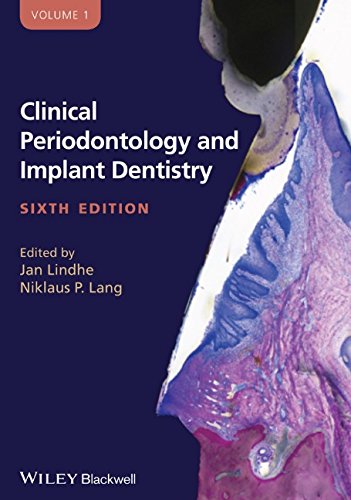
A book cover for Clinical Periodontology and Implant Dentistry, 2 Volume Set; Medical Books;